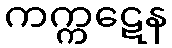
ကက္ကဋေန